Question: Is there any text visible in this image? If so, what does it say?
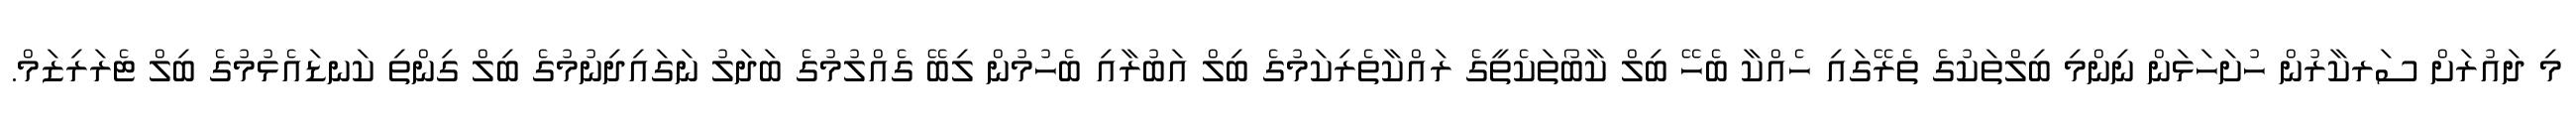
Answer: މި ދައުރަށް ސަރކާރުން ހުށަހަޅަން ނިންމި ބިލްތަކުގެ ތެރޭގައި ހެއްކާ ބެހޭ ބިލް ކާބޯތަކެތީގެ ރައްކާތެރިކަމުގެ ބިލް އަބުރާއި ބެހުމުން ލިބޭ ގެއްލުމުގެ ބަދަލު ނަގައިދިނުމުގެ ބިލް ގިންތި ކަނޑައެޅުމުގެ ބިލް ޓެރަރިޒަމް.